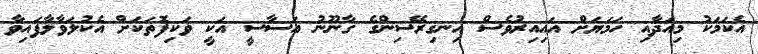
އެކަމަކު މިއަދާއި ހަމަޔަށް އައިއިރުވެސް އިނގިރޭސިންގެ ގާނޫނު އަސާސީ އަކީ ވަކިފޮތަކަށް އެކުލަވާލާފައިވާ